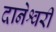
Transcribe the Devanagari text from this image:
दानेश्वरी